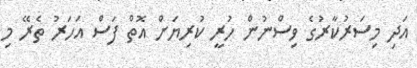
އަދި މިސަރުކާރުގެ ވިސްނުން ހުރީ ކުރިޔަށް އޮތް ފަސް އަހަރު ތެރޭ މި